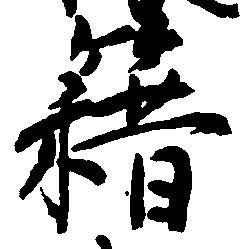
籍